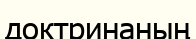
доктринаның